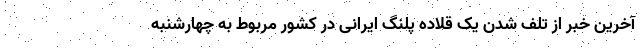
آخرین خبر از تلف شدن یک قلاده پلنگ ایرانی در کشور مربوط به چهارشنبه